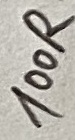
Text: 100R